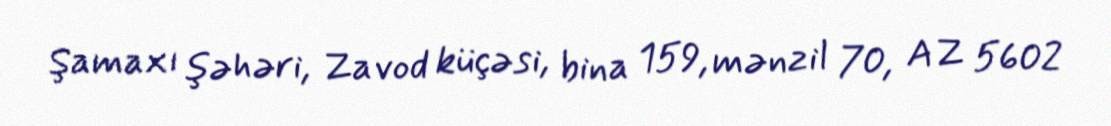
Şamaxı şəhəri, Zavod küçəsi, bina 159, mənzil 70, AZ 5602